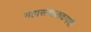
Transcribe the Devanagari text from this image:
महासंचालकपदी